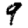
Digit: 9